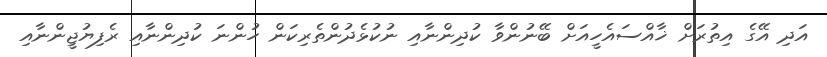
އަދި އޭގެ އިތުރަށް ޚާއްސައެހީއަށް ބޭނުންވާ ކުދިންނާއި ނުކުޅެދުންތެރިކަން ހުންނަ ކުދިންނާއި ރެފިޔުޖީންނާއި